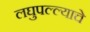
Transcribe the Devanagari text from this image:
लघुपल्ल्याचे